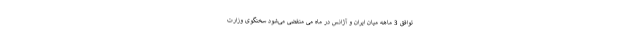
توافق 3 ماهه میان ایران و آژانس در ماه می منقضی می‌شود سخنگوی وزارت